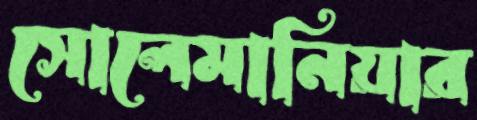
সোলেমানিয়ার